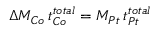
\Delta M _ { C o } \, t _ { C o } ^ { t o t a l } = M _ { P t } \, t _ { P t } ^ { t o t a l }